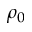
\rho _ { 0 }